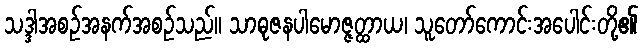
သဒ္ဒါအစဉ်အနက်အစဉ်သည်။ သာဓုဇနပါမောဇ္ဇတ္ထာယ၊ သူတော်ကောင်းအပေါင်းတို့၏